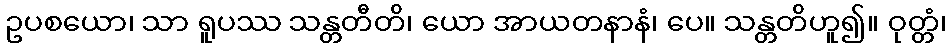
ဥပစယော၊ သာ ရူပဿ သန္တတီတိ၊ ယော အာယတနာနံ၊ ပေ။ သန္တတိဟူ၍။ ဝုတ္တံ၊